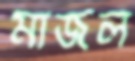
মাজল